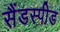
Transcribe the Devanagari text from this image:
सैंडस्‍पीड